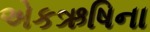
એકઋષિના